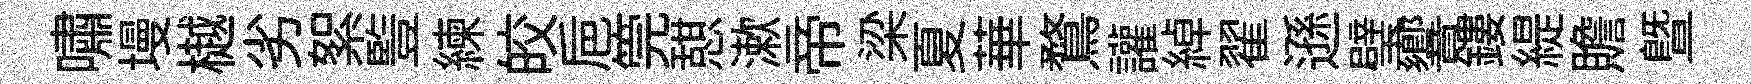
嘯墁樾劣絮䜿練皎巵筦憇漱帝梁夏華鶩讙綽翟遜璧響鏤緹贍曁